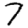
Digit: 7